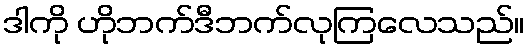
ဒါကို ဟိုဘက်ဒီဘက်လုကြလေသည်။